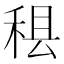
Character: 𮵢